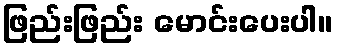
ဖြည်းဖြည်း မောင်းပေးပါ။